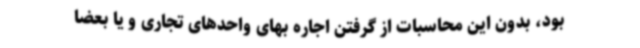
بود، بدون این محاسبات از گرفتن اجاره بهای واحدهای تجاری و یا بعضا